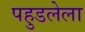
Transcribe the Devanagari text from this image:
पहुडलेला